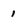
Character: 1